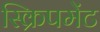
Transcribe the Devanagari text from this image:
स्क्रिपमेंट